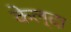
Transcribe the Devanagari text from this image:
केल्दा